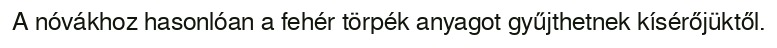
A nóvákhoz hasonlóan a fehér törpék anyagot gyűjthetnek kísérőjüktől.